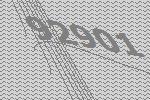
92901